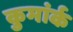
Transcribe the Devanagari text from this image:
कुमांर्क